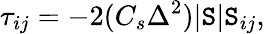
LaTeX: \tau_{ij}=-2(C_{s}\Delta^{2})|\mathtt{S}|\mathtt{S}_{ij},